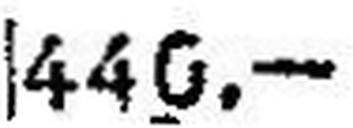
440.—